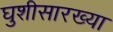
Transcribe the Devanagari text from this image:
घुशीसारख्या